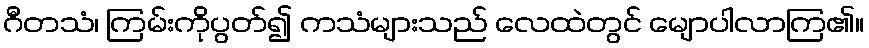
ဂီတသံ၊ ကြမ်းကိုပွတ်၍ ကသံများသည် လေထဲတွင် မျောပါလာကြ၏။